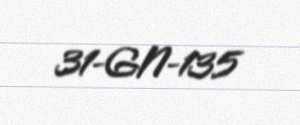
31-GN-135